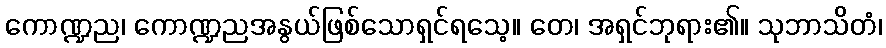
ကောဏ္ဍည၊ ကောဏ္ဍညအနွယ်ဖြစ်သောရှင်ရသေ့။ တေ၊ အရှင်ဘုရား၏။ သုဘာသိတံ၊